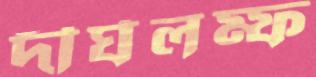
দীর্ঘলম্ফ